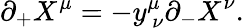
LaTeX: \partial_{+}X^{\mu}=-y_{~\nu}^{\mu}\partial_{-}X^{\nu}.